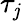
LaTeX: \tau_{\mathit{j}}